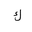
Letter: _kaf